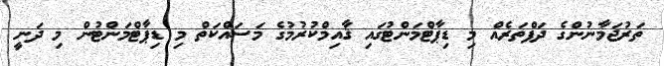
ތަރުޖަމާނުންގެ ދަފްތަރެއް މި ޑިޕާޓްމަންޓުގައި ޤާއިމްކުރުމުގެ މަސައްކަތް މި ޑިޕާޓްމަންޓުން މި ދަނީ